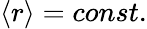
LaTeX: \left\langle r\right\rangle=const.